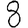
Digit: 8